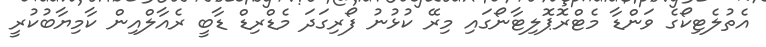
އެތުލެޓިކޯގެ ވަންޑާ މެޓްރޮޕޮލިޓާނޯގައި މިރޭ ކުޅުނު ފޯރިގަދަ މެޑްރިޑް ޑާބީ ރެއާލްއިން ކާމިޔާބުކުރީ